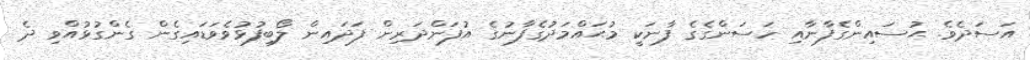
އަސަދެވެ. ޙުސައިންގެފާނާއި ހަސަންގެގެ ފާނަކީ މުޙައްމަދުގެފާނުގެ އުފަންދަރިން ފަދައިން ލޯބިފުޅުވެވަޑައިގެން ގެންގުޅުއްވި ދެ